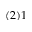
( 2 ) 1